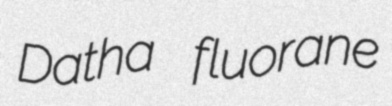
Datha fluorane